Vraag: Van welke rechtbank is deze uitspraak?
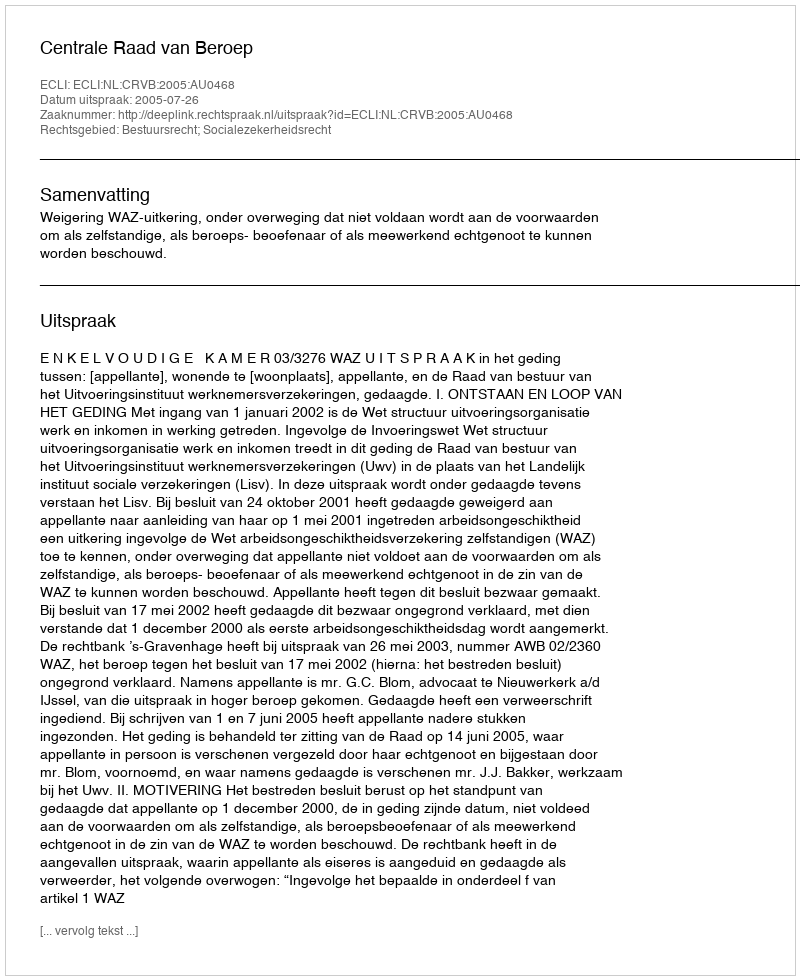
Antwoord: Centrale Raad van Beroep